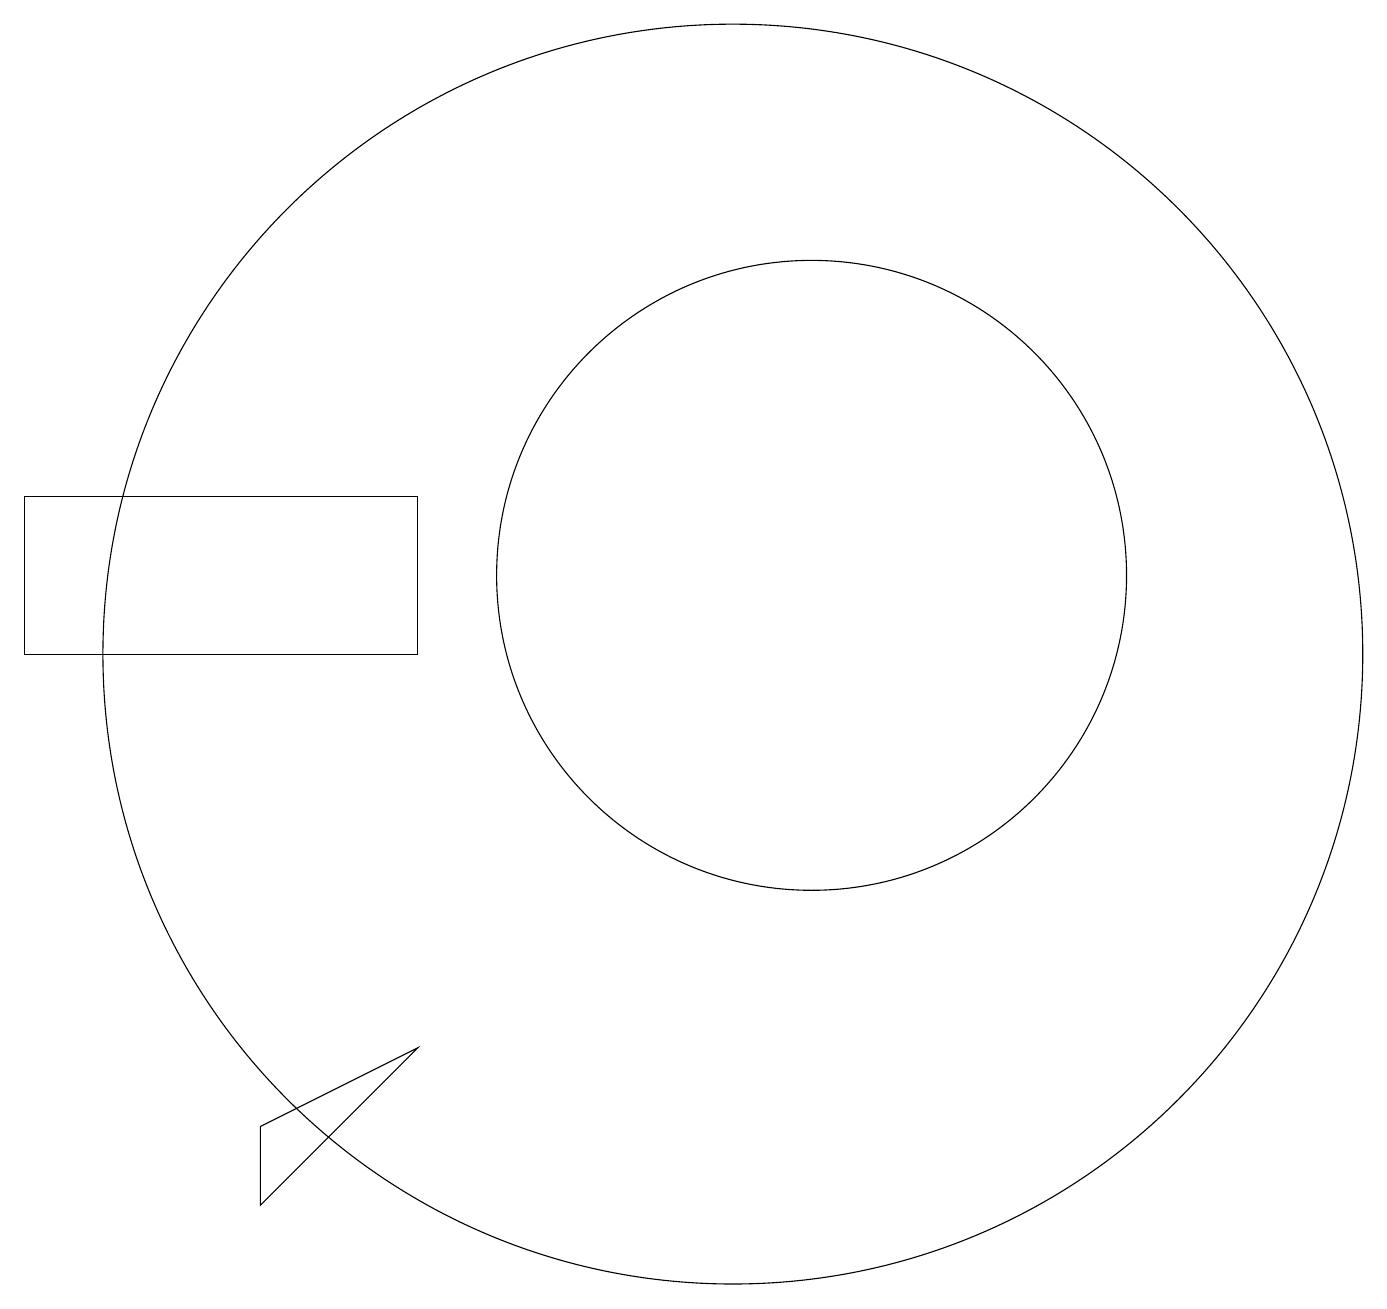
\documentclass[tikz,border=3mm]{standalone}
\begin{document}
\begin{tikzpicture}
\draw (11,11) circle (8);
\draw (5,4) -- (5,5) -- (7,6) -- cycle;
\draw (10,11) circle (0);
\draw (7,13) rectangle (2,11);
\draw (12,12) circle (4);
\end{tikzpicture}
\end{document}